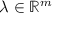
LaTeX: \lambda \in \mathbb { R } ^ { m }